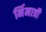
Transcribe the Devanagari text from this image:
र्निमात्री